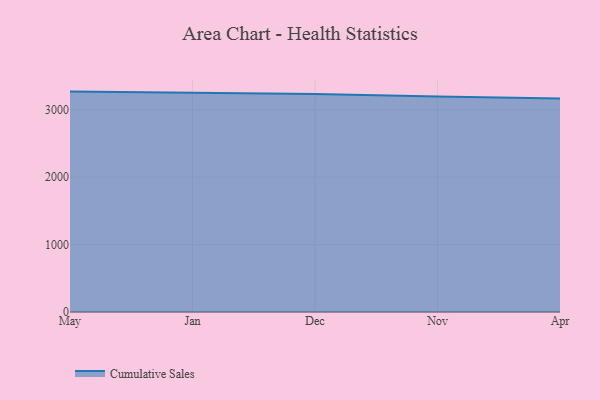
{"axis": {"x": "Month", "y": "Humidity (%)"}, "legend": ["Cumulative Sales"], "data": [{"x": "May", "y": 3270.8, "type": "Cumulative Sales"}, {"x": "Jan", "y": 3252.1, "type": "Cumulative Sales"}, {"x": "Dec", "y": 3235.7, "type": "Cumulative Sales"}, {"x": "Nov", "y": 3198.0, "type": "Cumulative Sales"}, {"x": "Apr", "y": 3167.4, "type": "Cumulative Sales"}]}